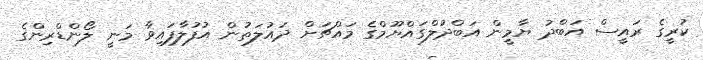
ކުރީގެ ރައީސް އަބްދު ޔާމީން އަބްދުލްގައްޔޫމްގެ މައްޗަށް ދައުލަތުން އުފުލާފައިވާ މަނީ ލޯންޑްރިންގެ